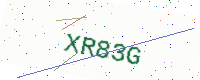
Text: XR83G